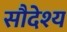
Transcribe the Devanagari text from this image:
सौदेश्य